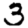
Digit: 3